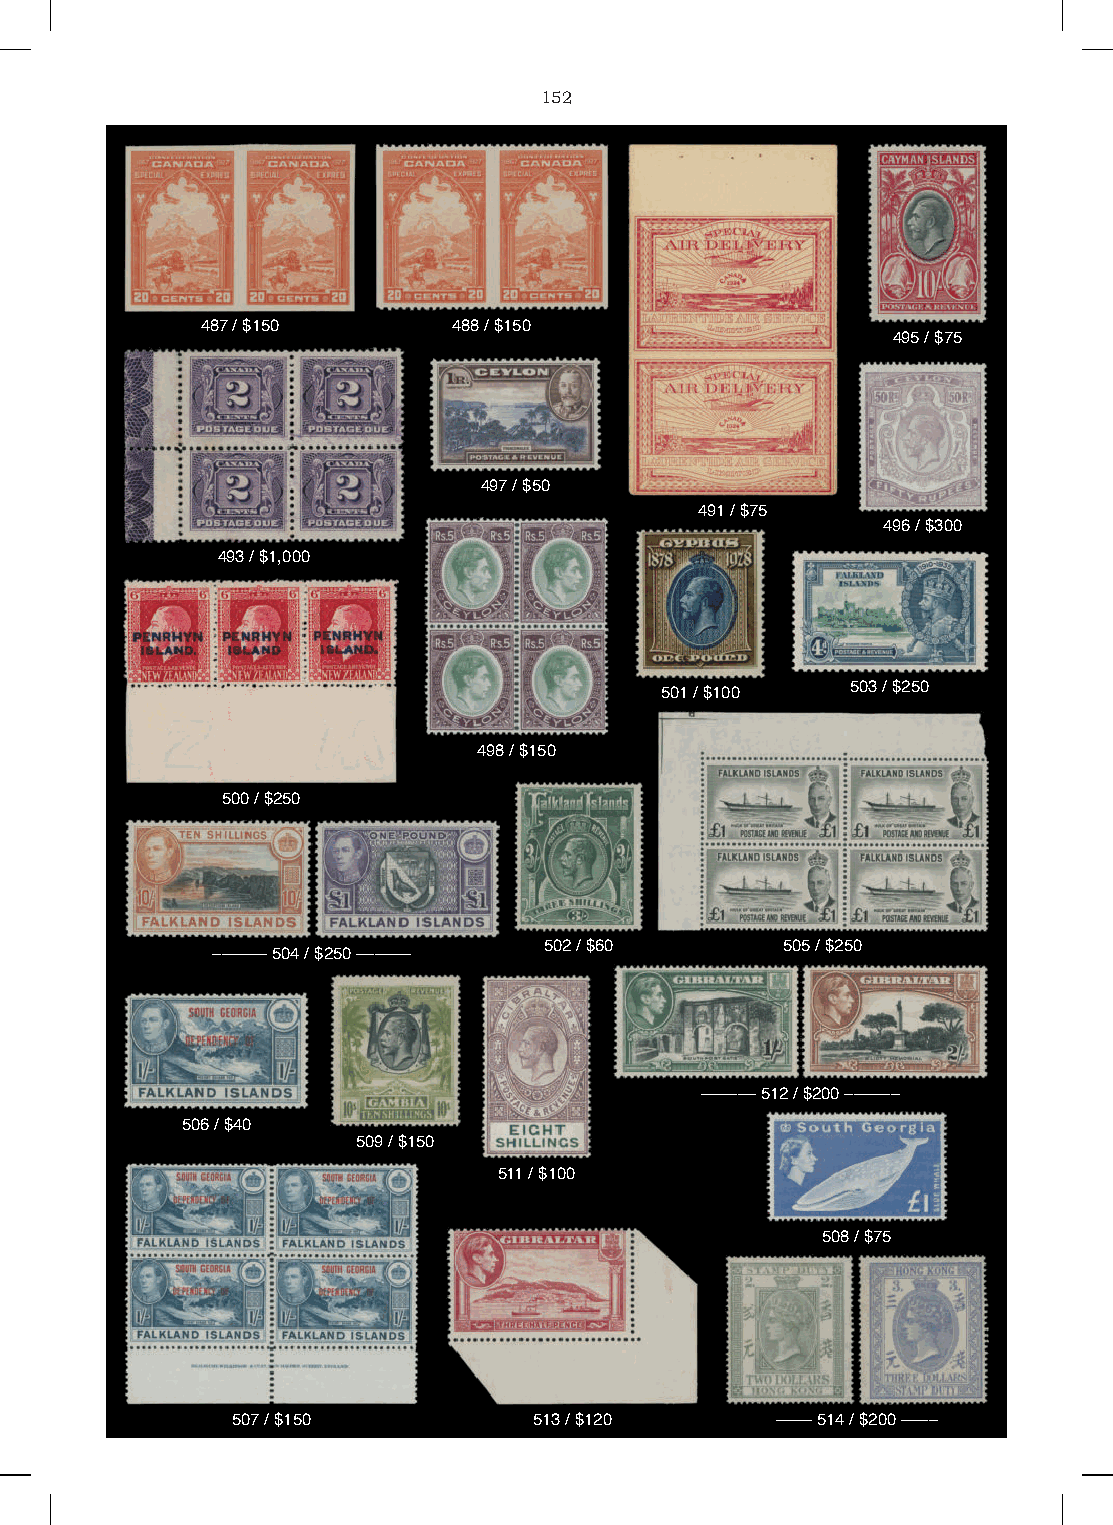
152
 487 / $150       488 / $150
 495 / $75
 497 / $50
 491 / $75
 496 / $300
 493 / $1,000
 503 / $250
 501 / $100
 498 / $150
 500 / $250
 502 / $60       505 / $250
 –––––– 504 / $250 ––––––
 –––––– 512 / $200 ––––––
 506 / $40
 509 / $150
 511 / $100
 508 / $75
 507 / $150          513 / $120      –––– 514 / $200 ––––